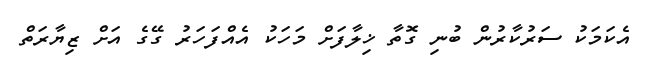
އެކަމަކު ސަރުކާރުން ބުނި ގޮތާ ޚިލާފަށް މަހަކު އެއްފަހަރު ގޭގެ އަށް ޒިޔާރަތް